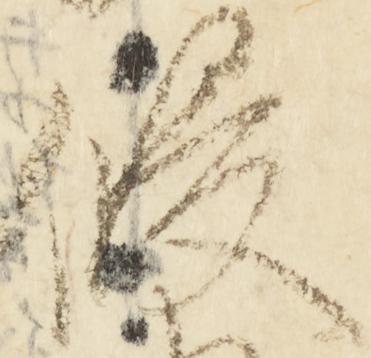
侵